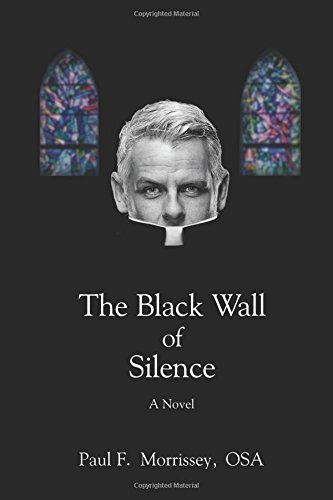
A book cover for The Black Wall of Silence: A Novel; Paul Morrissey; Literature & Fiction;